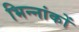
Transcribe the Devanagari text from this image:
भिन्नांकों